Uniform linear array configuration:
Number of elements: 8
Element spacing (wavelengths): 1
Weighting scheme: hann
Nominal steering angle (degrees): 30
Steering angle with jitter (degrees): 30.459
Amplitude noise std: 0.05
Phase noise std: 0.05

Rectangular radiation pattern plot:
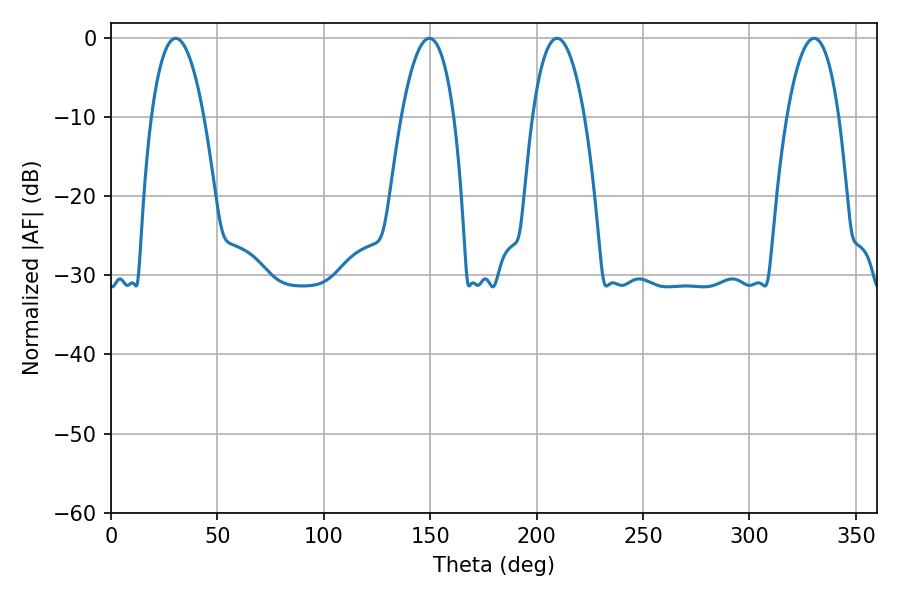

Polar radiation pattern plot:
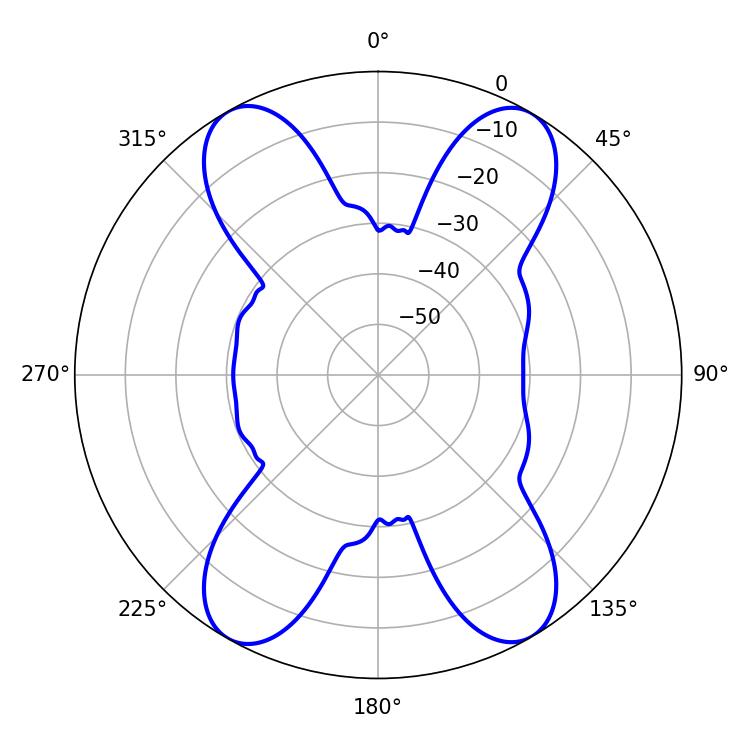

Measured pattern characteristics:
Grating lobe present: TRUE
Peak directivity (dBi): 22.684
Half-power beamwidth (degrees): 13.86
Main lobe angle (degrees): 30.42